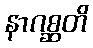
နာဂစ္ဆတိ